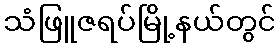
သံဖြူဇရပ်မြို့နယ်တွင်